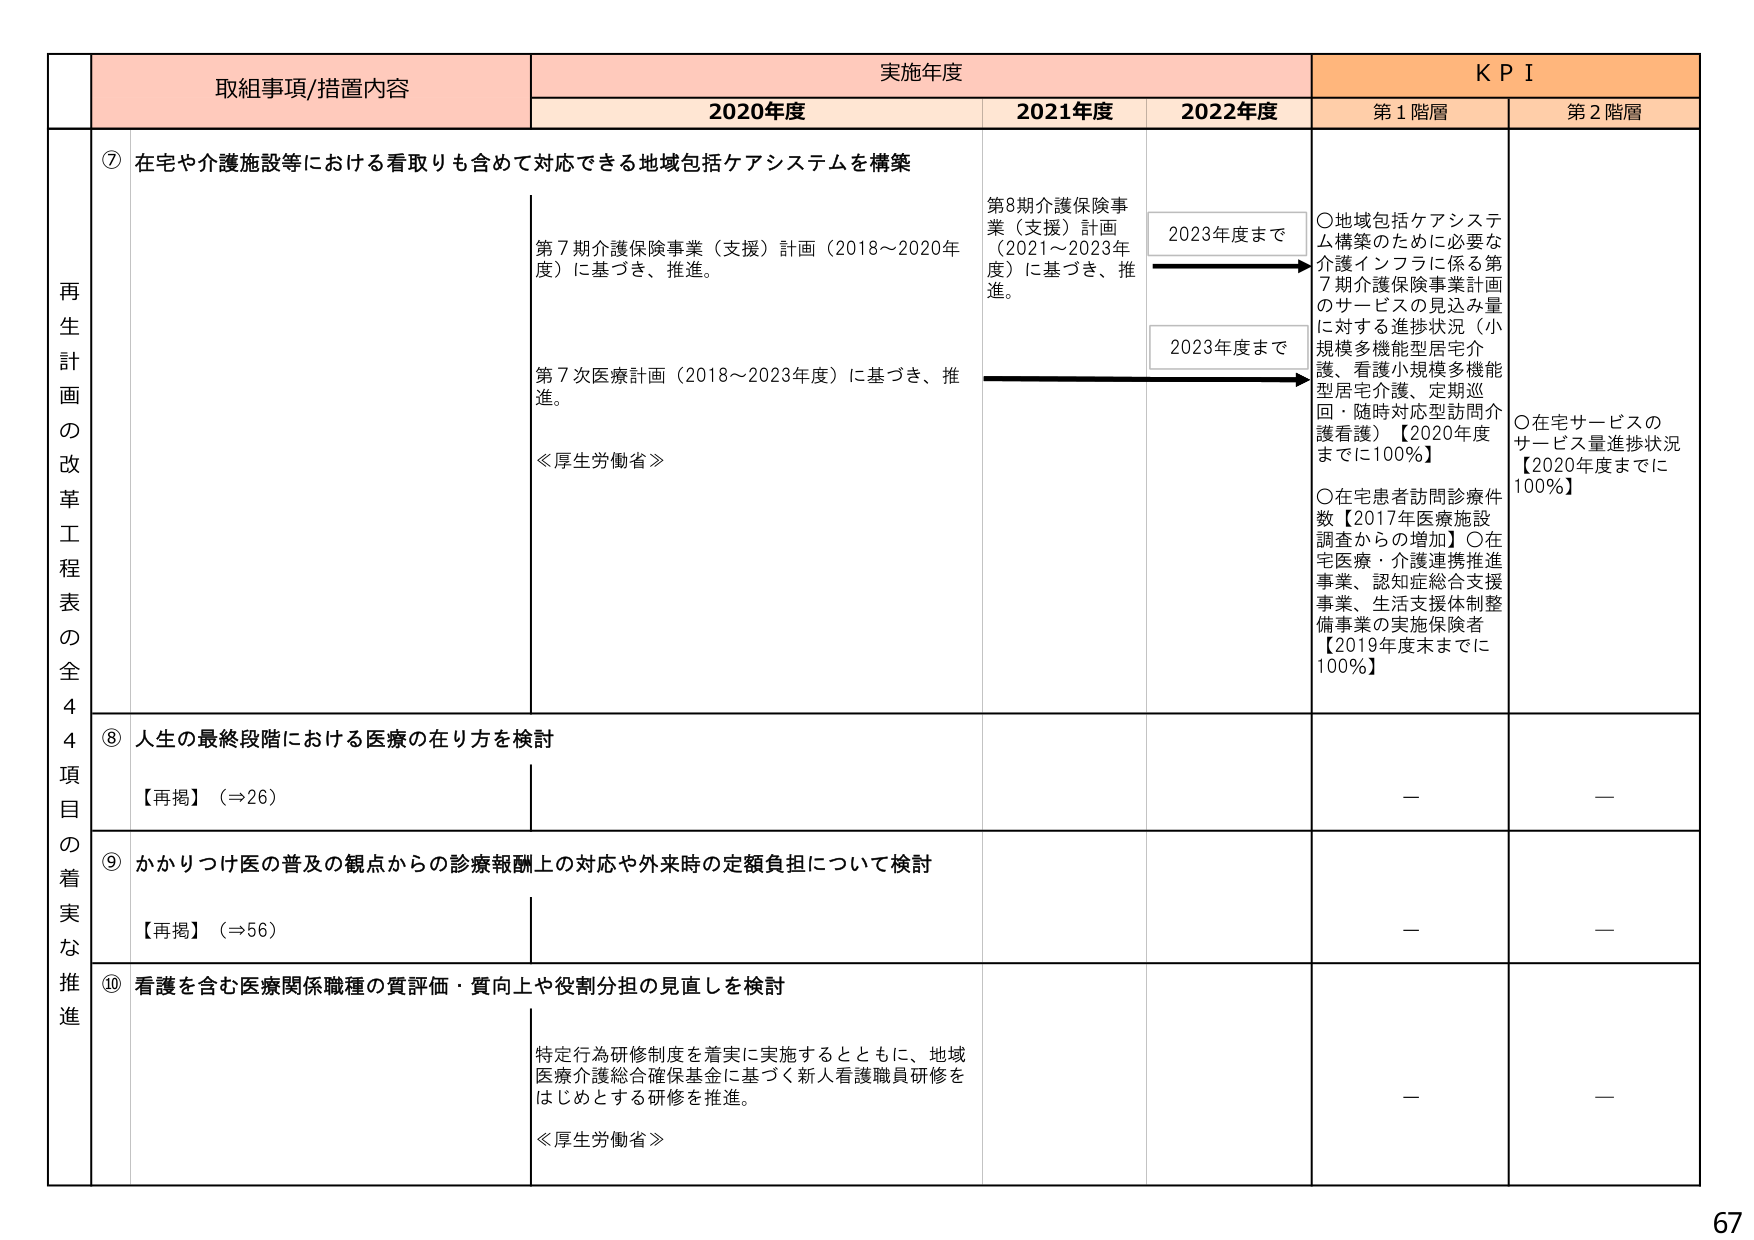
再生計画の改革工程表の全44項目の着実な推進

取組事項/措置内容
実施年度
KPI

2020年度
2021年度
2022年度
第1階層
第2階層

⑦ 在宅や介護施設等における看取りも含めて対応できる地域包括ケアシステムを構築

第7期介護保険事業（支援）計画（2018～2020年度）に基づき、推進。
第7次医療計画（2018～2023年度）に基づき、推進。
≪厚生労働省≫

第8期介護保険事業（支援）計画（2021～2023年度）に基づき、推進。

2023年度まで
2023年度まで

○地域包括ケアシステム構築のために必要な介護インフラに係る第7期介護保険事業計画のサービスの見込み量に対する進捗状況（小規模多機能型居宅介護、看護小規模多機能型居宅介護、定期巡回・随時対応訪問介護看護）【2020年度までに100％】
○在宅患者訪問診療件数【2017年医療施設調査からの増加】○在宅医療・介護連携推進事業、認知症総合支援事業、生活支援体制整備事業の実施保険者【2019年度末までに100％】

○在宅サービスのサービス量進捗状況【2020年度までに100％】

⑧ 人生の最終段階における医療の在り方を検討
【再掲】（⇒26）
—
—

⑨ かかりつけ医の普及の観点からの診療報酬上の対応や外来時の定額負担について検討
【再掲】（⇒56）
—
—

⑩ 看護を含む医療関係職種の質評価・質向上や役割分担の見直しを検討

特定行為研修制度を着実に実施するとともに、地域医療介護総合確保基金に基づく新人看護職員研修をはじめとする研修を推進。
≪厚生労働省≫
—
—

67